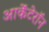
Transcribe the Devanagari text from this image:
आर्केंटेरॉन